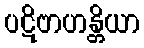
ပဋိဗာဟန္တိယာ